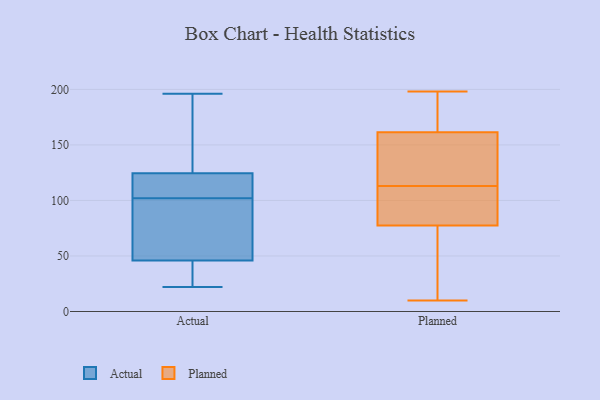
{"axis": {"x": "Net Income (USD K)", "y": "Value"}, "legend": ["Actual", "Planned"], "data": [{"x": "", "y": 22, "type": "Actual"}, {"x": "", "y": 106, "type": "Actual"}, {"x": "", "y": 66, "type": "Actual"}, {"x": "", "y": 183, "type": "Actual"}, {"x": "", "y": 67, "type": "Actual"}, {"x": "", "y": 126, "type": "Actual"}, {"x": "", "y": 196, "type": "Actual"}, {"x": "", "y": 152, "type": "Actual"}, {"x": "", "y": 67, "type": "Actual"}, {"x": "", "y": 159, "type": "Actual"}, {"x": "", "y": 117, "type": "Actual"}, {"x": "", "y": 103, "type": "Actual"}, {"x": "", "y": 123, "type": "Actual"}, {"x": "", "y": 25, "type": "Actual"}, {"x": "", "y": 27, "type": "Actual"}, {"x": "", "y": 34, "type": "Actual"}, {"x": "", "y": 101, "type": "Actual"}, {"x": "", "y": 117, "type": "Actual"}, {"x": "", "y": 56, "type": "Actual"}, {"x": "", "y": 36, "type": "Actual"}, {"x": "", "y": 116, "type": "Planned"}, {"x": "", "y": 176, "type": "Planned"}, {"x": "", "y": 198, "type": "Planned"}, {"x": "", "y": 107, "type": "Planned"}, {"x": "", "y": 10, "type": "Planned"}, {"x": "", "y": 23, "type": "Planned"}, {"x": "", "y": 77, "type": "Planned"}, {"x": "", "y": 113, "type": "Planned"}, {"x": "", "y": 79, "type": "Planned"}, {"x": "", "y": 181, "type": "Planned"}, {"x": "", "y": 118, "type": "Planned"}]}